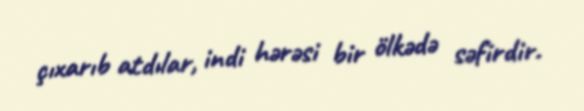
çıxarıb atdılar, indi hərəsi bir ölkədə səfirdir.